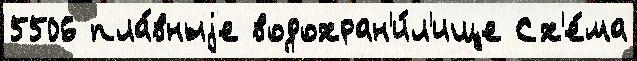
5506 пла́вныjе водохран'и́л'ище Сх'е́ма